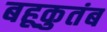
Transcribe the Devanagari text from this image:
बहूकुतंब